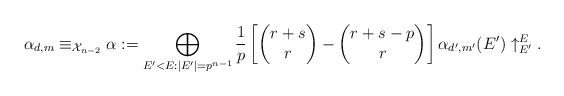
\begin{align*} \alpha_{d,m} \equiv_{\mathcal{X}_{n-2}} \alpha:= \bigoplus_{E'<E: |E'|=p^{n-1}} \frac1p \left[ \begin{pmatrix} r+s \\ r \end{pmatrix} - \begin{pmatrix} r+s-p \\ r \end{pmatrix}\right]\alpha_{d',m'}(E')\uparrow_{E'}^E.\end{align*}